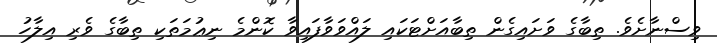
ވިސްނާށެވެ. ތިބާގެ ވަށައިގެން ތިބާއަށްޓަކައި ލައްވަވާފައިވާ ކޮންމެ ނިޢުމަތަކި ތިބާގެ ވެރި އިލާހު